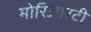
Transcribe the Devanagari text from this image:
मोरिआरटी